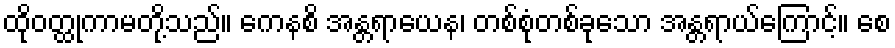
ထိုဝတ္ထုကာမတို့သည်။ ကေနစိ အန္တရာယေန၊ တစ်စုံတစ်ခုသော အန္တရာယ်ကြောင့်။ စေ